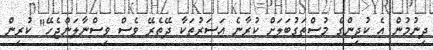
ދިނުމުން އެ ކުދިންގެ މުސްތަގުބަލަށް ކުރާނެ އަސަރުތަކާ ދޭތެރޭ ވެސް ވިސްނާލަންޖެހޭ" ކުރިން